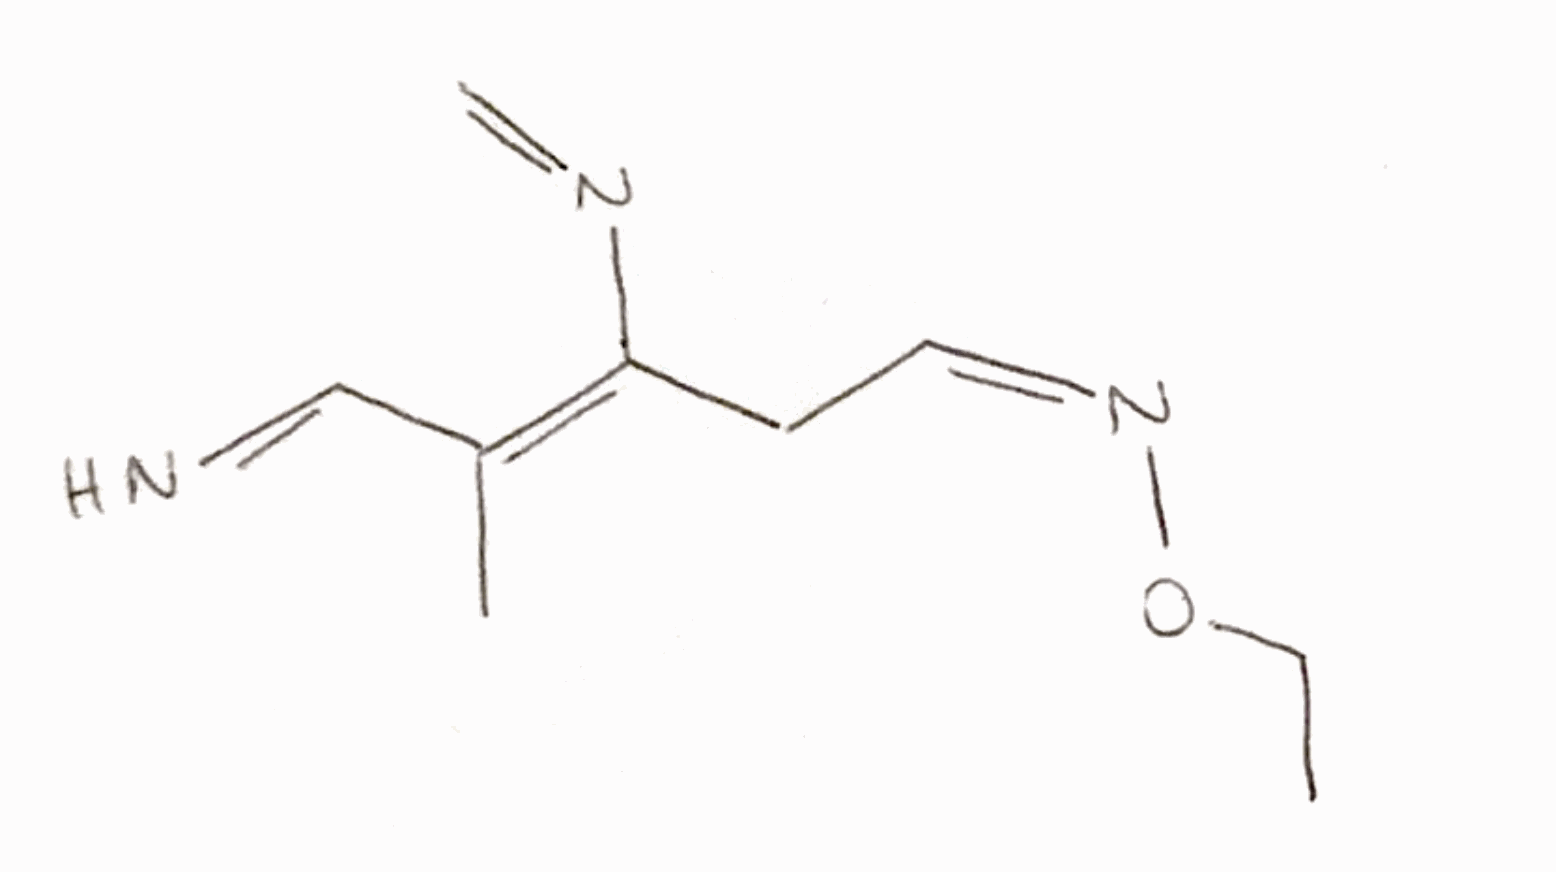
Simplified molecular-input line-entry system (SMILES) notation of the given molecule:
CCO/N=C\C/C(=C(\C)/C=N)/N=C